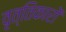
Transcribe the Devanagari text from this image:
वृत्तिकारों